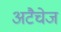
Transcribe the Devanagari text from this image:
अटैचेज